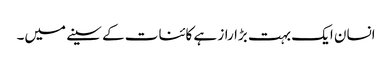
انسان ایک بہت بڑا راز ہے کائنات کے سینے میں۔